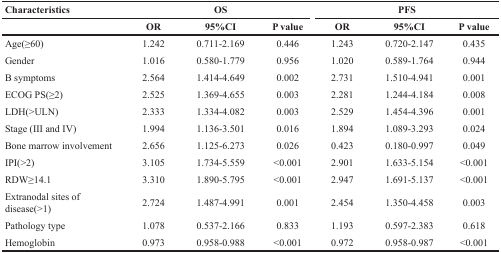
<table><thead><tr><td><b>Characteristics</b></td><td colspan="3"><b>OS</b></td><td colspan="3"><b>PFS</b></td></tr><tr><td></td><td><b>OR</b></td><td><b>95%CI</b></td><td><b>P value</b></td><td><b>OR</b></td><td><b>95%CI</b></td><td><b>P value</b></td></tr></thead><tbody><tr><td>Age(≥60)</td><td>1.242</td><td>0.711-2.169</td><td>0.446</td><td>1.243</td><td>0.720-2.147</td><td>0.435</td></tr><tr><td>Gender</td><td>1.016</td><td>0.580-1.779</td><td>0.956</td><td>1.020</td><td>0.589-1.764</td><td>0.944</td></tr><tr><td>B symptoms</td><td>2.564</td><td>1.414-4.649</td><td>0.002</td><td>2.731</td><td>1.510-4.941</td><td>0.001</td></tr><tr><td>ECOG PS(≥2)</td><td>2.525</td><td>1.369-4.655</td><td>0.003</td><td>2.281</td><td>1.244-4.184</td><td>0.008</td></tr><tr><td>LDH(&gt;ULN)</td><td>2.333</td><td>1.334-4.082</td><td>0.003</td><td>2.529</td><td>1.454-4.396</td><td>0.001</td></tr><tr><td>Stage (III and IV)</td><td>1.994</td><td>1.136-3.501</td><td>0.016</td><td>1.894</td><td>1.089-3.293</td><td>0.024</td></tr><tr><td>Bone marrow involvement</td><td>2.656</td><td>1.125-6.273</td><td>0.026</td><td>0.423</td><td>0.180-0.997</td><td>0.049</td></tr><tr><td>IPI(&gt;2)</td><td>3.105</td><td>1.734-5.559</td><td>&lt;0.001</td><td>2.901</td><td>1.633-5.154</td><td>&lt;0.001</td></tr><tr><td>RDW≥14.1</td><td>3.310</td><td>1.890-5.795</td><td>&lt;0.001</td><td>2.947</td><td>1.691-5.137</td><td>&lt;0.001</td></tr><tr><td>Extranodal sites of disease(&gt;1)</td><td>2.724</td><td>1.487-4.991</td><td>0.001</td><td>2.454</td><td>1.350-4.458</td><td>0.003</td></tr><tr><td>Pathology type</td><td>1.078</td><td>0.537-2.166</td><td>0.833</td><td>1.193</td><td>0.597-2.383</td><td>0.618</td></tr><tr><td>Hemoglobin</td><td>0.973</td><td>0.958-0.988</td><td>&lt;0.001</td><td>0.972</td><td>0.958-0.987</td><td>&lt;0.001</td></tr></tbody></table>